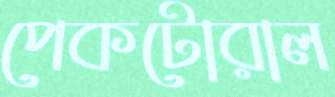
পেকটোরাল